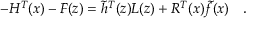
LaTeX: - H ^ { T } ( x ) - F ( z ) = \tilde { h } ^ { T } ( z ) L ( z ) + R ^ { T } ( x ) \tilde { f } ( x ) \quad .